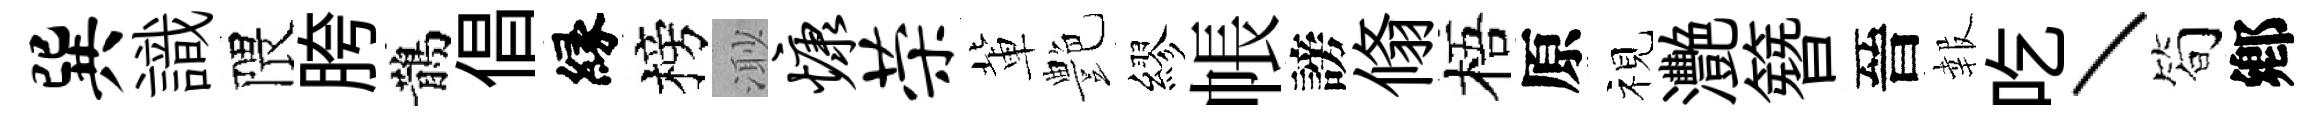
巽識隈胯鵲倡縁榜𣺌慷荣軰艶繆帳謗翛梧原视灧簪晉報吃丶筍鄕